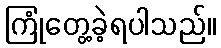
ကြုံတွေ့ခဲ့ရပါသည်။